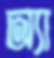
অ্যা